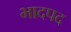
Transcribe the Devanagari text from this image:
भादपद